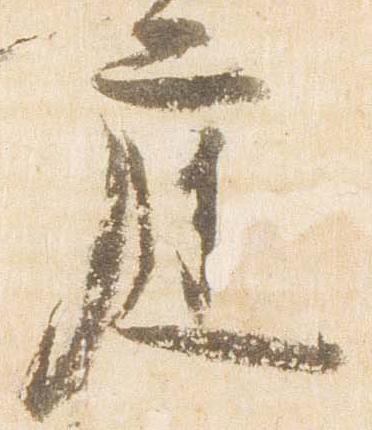
庭